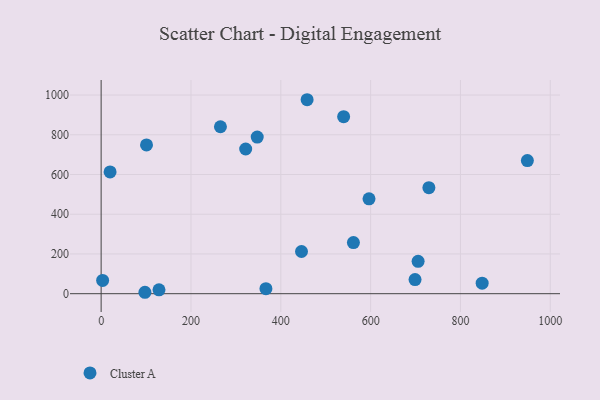
{"axis": {"x": "Study Hours", "y": "Fuel Efficiency"}, "legend": ["Cluster A"], "data": [{"x": "729.7", "y": 533.7, "type": "Cluster A"}, {"x": "698.9", "y": 71.2, "type": "Cluster A"}, {"x": "561.7", "y": 257.3, "type": "Cluster A"}, {"x": "347.5", "y": 788.2, "type": "Cluster A"}, {"x": "539.9", "y": 891.0, "type": "Cluster A"}, {"x": "321.8", "y": 728.3, "type": "Cluster A"}, {"x": "101.0", "y": 748.8, "type": "Cluster A"}, {"x": "458.6", "y": 976.4, "type": "Cluster A"}, {"x": "446.1", "y": 212.3, "type": "Cluster A"}, {"x": "3.3", "y": 66.9, "type": "Cluster A"}, {"x": "97.5", "y": 7.1, "type": "Cluster A"}, {"x": "128.8", "y": 19.6, "type": "Cluster A"}, {"x": "596.4", "y": 477.7, "type": "Cluster A"}, {"x": "705.7", "y": 162.8, "type": "Cluster A"}, {"x": "848.3", "y": 52.9, "type": "Cluster A"}, {"x": "19.9", "y": 612.7, "type": "Cluster A"}, {"x": "366.9", "y": 25.4, "type": "Cluster A"}, {"x": "265.6", "y": 840.3, "type": "Cluster A"}, {"x": "949.0", "y": 670.3, "type": "Cluster A"}]}